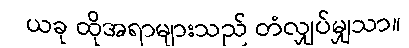
ယခု ထိုအရာများသည် တံလျှပ်မျှသာ။